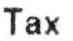
TAX